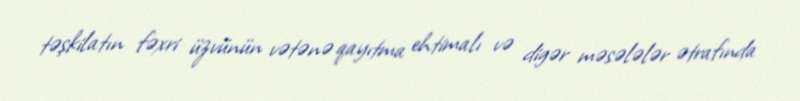
təşkilatın fəxri üzvünün vətənə qayıtma ehtimalı və digər məsələlər ətrafında